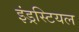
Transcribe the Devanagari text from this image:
इंड्रस्टियल